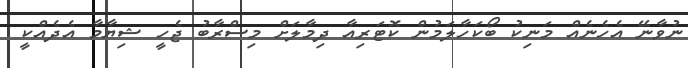
ނުވާނޭ އެހެނެއް މަނިކު ބޯކަހާލަމުން ކޮޓަރިއާ ދިމާލަށް މިސްރާބު ޖެހީ ޝިޔާމާ އެދެއްކީ